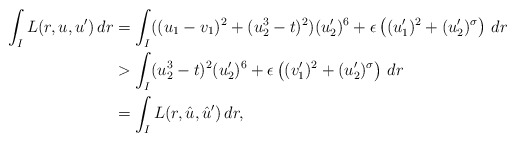
\begin{align*}\int_I L(r, u ,u') \, dr& = \int_I ((u_1 - v_1)^2 + (u_2^3 - t)^2) (u_2')^6 + \epsilon \left( (u_1')^2 + (u_2')^{\sigma}\right) \, dr\\& > \int_I ( u_2^3 - t)^2 (u_2')^6 + \epsilon \left( (v_1')^2 + (u_2')^{\sigma}\right) \, dr\\& = \int_I L(r, \hat{u}, \hat{u}')\, dr,\end{align*}